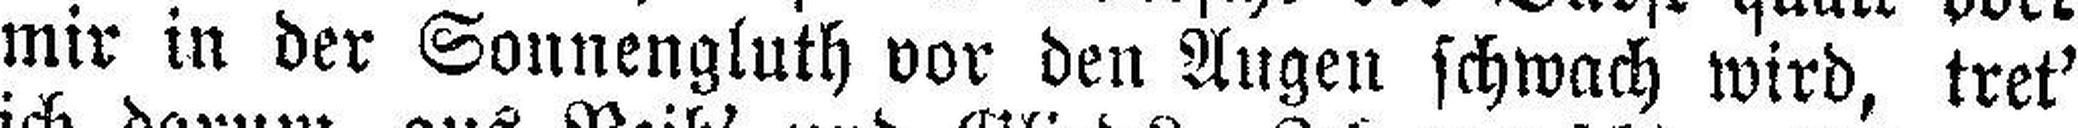
mir in der Sonnengluth vor den Augen schwach wird, tret'